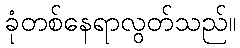
ခုံတစ်နေရာလွတ်သည်။